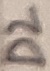
Text: D2